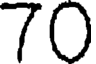
70